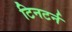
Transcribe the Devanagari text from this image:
टिनटर्न